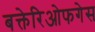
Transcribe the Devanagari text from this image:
बक्तेरिओफगेस